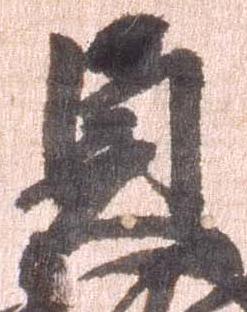
貞